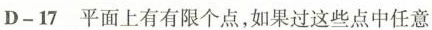
D-17 平面上有有限个点，如果过这些点中任意